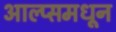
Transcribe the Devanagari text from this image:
आल्प्समधून